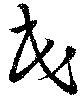
民